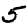
Digit: 5